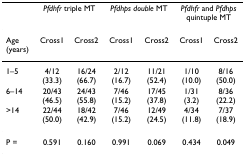
<table><thead><tr><td></td><td colspan="2"><b><i>Pfdhfr </i>triple MT</b></td><td colspan="2"><b><i>Pfdhps double </i>MT</b></td><td colspan="2"><b><i>Pfdhfr </i>and <i>Pfdhps</i>quintuple MT</b></td></tr></thead><tbody><tr><td>Age (years)</td><td>Cross1</td><td>Cross2</td><td>Cross1</td><td>Cross2</td><td>Cross1</td><td>Cross2</td></tr><tr><td>1–5</td><td>4/12 (33.3)</td><td>16/24(66.7)</td><td>2/12(16.7)</td><td>11/21 (52.4)</td><td>1/10(10.0)</td><td>8/16(50.0)</td></tr><tr><td>6–14</td><td>20/43(46.5)</td><td>24/43(55.8)</td><td>7/46 (15.2)</td><td>17/45 (37.8)</td><td>1/31(3.2)</td><td>8/36(22.2)</td></tr><tr><td>&gt;14</td><td>22/44(50.0)</td><td>18/42(42.9)</td><td>7/46(15.2)</td><td>12/49(24.5)</td><td>4/34(11.8)</td><td>7/37(18.9)</td></tr><tr><td>P =</td><td>0.591</td><td>0.160</td><td>0.991</td><td>0.069</td><td>0.434</td><td>0.049</td></tr></tbody></table>